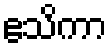
ဧသိကာ